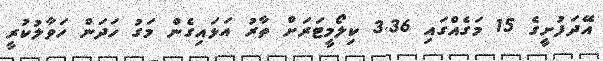
އޭދަފުށީގެ 15 މަގެއްގައި 3.36 ކިލޯމީޓަރަށް ތާރު އަޅައިގެން މަގު ހަދަން ހަވާލުކުރީ